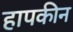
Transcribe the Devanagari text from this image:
हापकीन